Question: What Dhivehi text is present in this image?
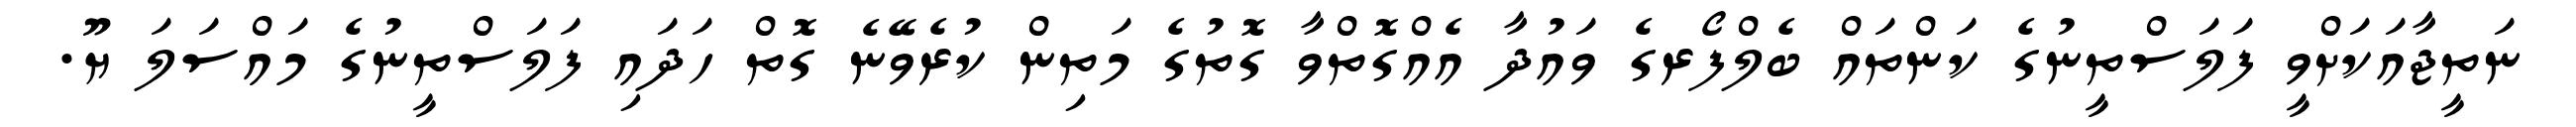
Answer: ނަތީޖާއަކަށްވީ ފަލަސްތީނުގެ ކަންތައް ބެލްފޯރގެ ވައުދާ އެއްގޮތްވާ ގޮތުގެ މަތިން ކުރެވޭނެ ގޮތް ހަދައި ފަލަސްތީނުގެ މައްސަލަ ޔޫ.